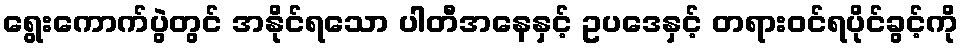
ရွေးကောက်ပွဲတွင် အနိုင်ရသော ပါတီအနေနှင့် ဥပဒေနှင့် တရားဝင်ရပိုင်ခွင့်ကို